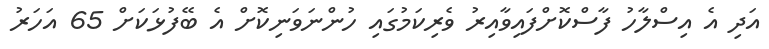
އަދި އެ އިސްލާހު ފާސްކޮށްފައިވާއިރު ވެރިކަމުގައި ހުންނަވަނިކޮށް އެ ބޭފުޅަކަށް 65 އަހަރު